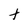
Character: t